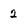
Character: 2